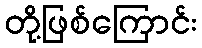
တို့ဖြစ်ကြောင်း